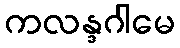
ကလန္ဒဂါမေ